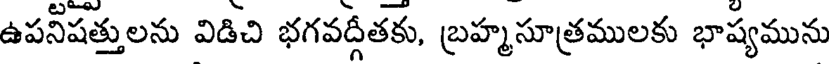
ఉపనీషత్తులను విడిచి భగవద్గీతకు, బ్రహ్మసూత్రములకు భాష్యమును